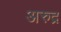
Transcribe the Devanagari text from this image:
अरुद्र